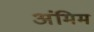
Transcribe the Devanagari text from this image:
अंमिम